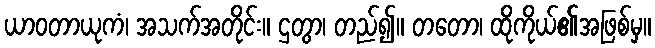
ယာဝတာယုကံ၊ အသက်အတိုင်း။ ဌတွာ၊ တည်၍။ တတော၊ ထိုကိုယ်၏အဖြစ်မှ။